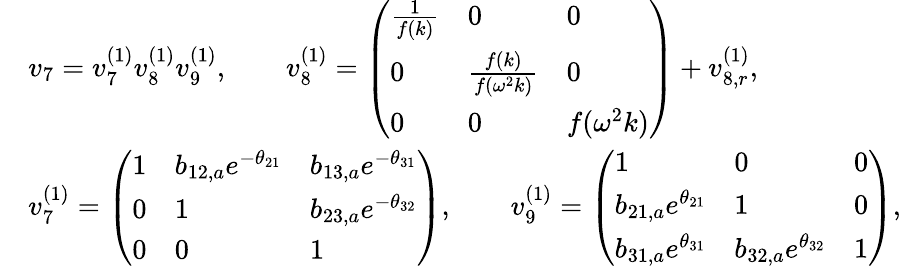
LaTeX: \begin{array}{rl}&{v_{7}=v_{7}^{(1)}v_{8}^{(1)}v_{9}^{(1)},\qquad v_{8}^{(1)}=\left(\begin{array}{lll}{\frac{1}{f(k)}}&{0}&{0}\\ {0}&{\frac{f(k)}{f(\omega^{2}k)}}&{0}\\ {0}&{0}&{f(\omega^{2}k)}\end{array}\right)+v_{8,r}^{(1)},}\\ &{v_{7}^{(1)}=\left(\begin{array}{lll}{1}&{b_{12,a}e^{-\theta_{21}}}&{b_{13,a}e^{-\theta_{31}}}\\ {0}&{1}&{b_{23,a}e^{-\theta_{32}}}\\ {0}&{0}&{1}\end{array}\right),\qquad v_{9}^{(1)}=\left(\begin{array}{lll}{1}&{0}&{0}\\ {b_{21,a}e^{\theta_{21}}}&{1}&{0}\\ {b_{31,a}e^{\theta_{31}}}&{b_{32,a}e^{\theta_{32}}}&{1}\end{array}\right),}\end{array}